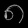
Digit: ၈